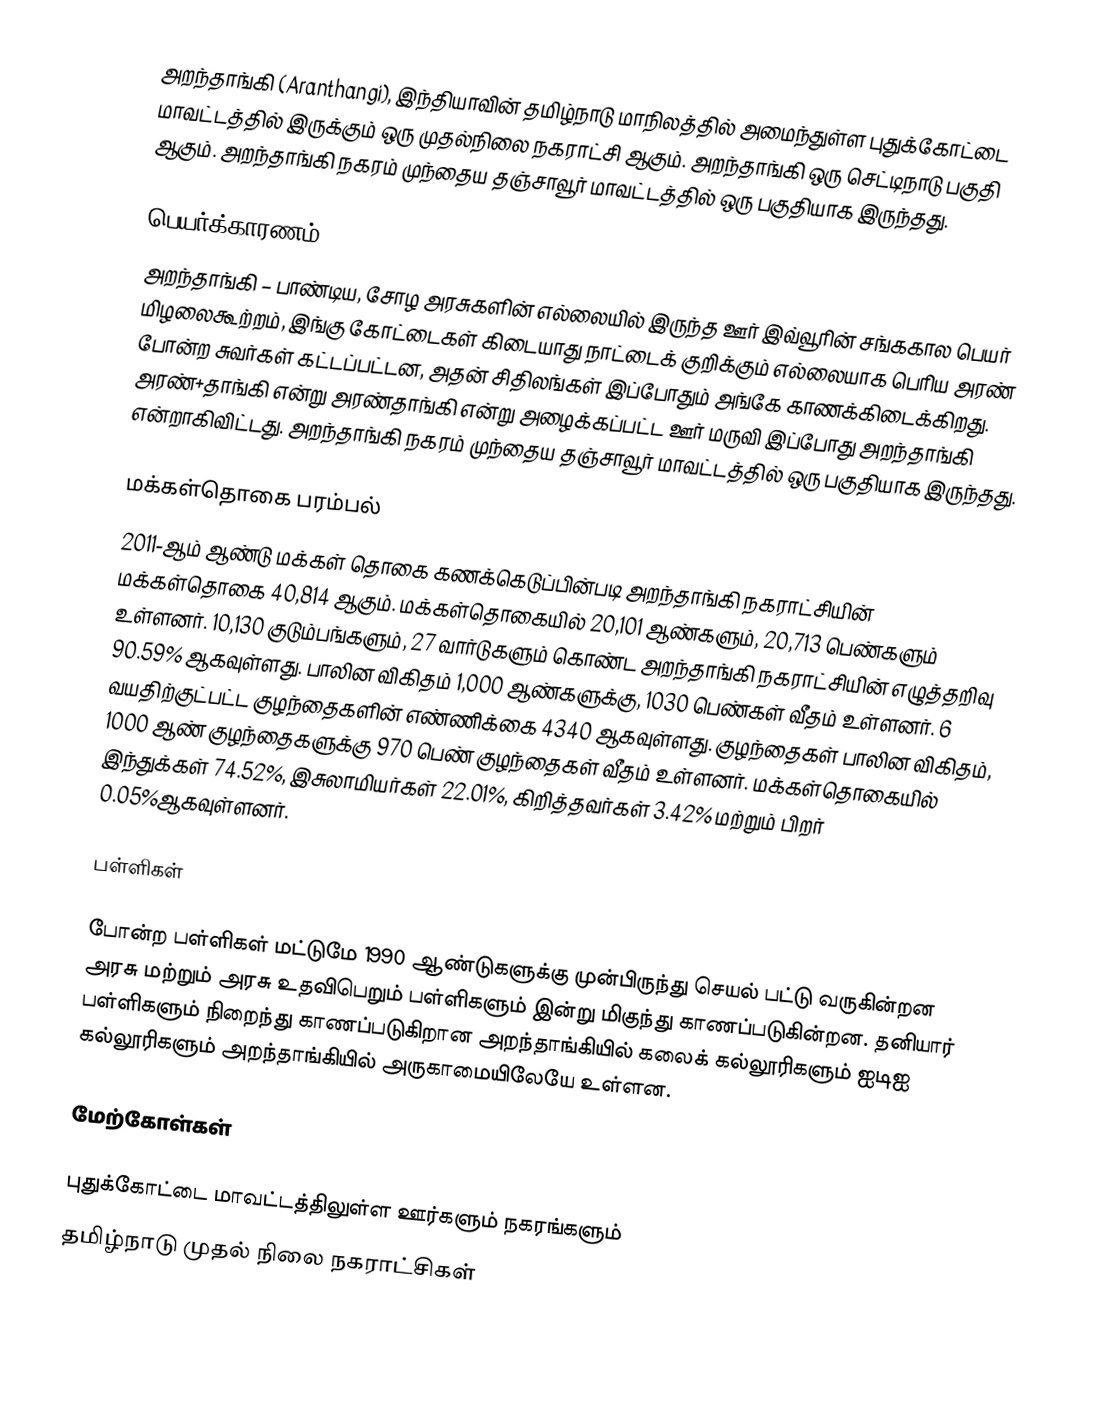
அறந்தாங்கி (Aranthangi), இந்தியாவின் தமிழ்நாடு மாநிலத்தில் அமைந்துள்ள புதுக்கோட்டை  மாவட்டத்தில் இருக்கும் ஒரு முதல்நிலை நகராட்சி ஆகும். அறந்தாங்கி ஒரு செட்டிநாடு பகுதி ஆகும். அறந்தாங்கி நகரம் முந்தைய தஞ்சாவூர் மாவட்டத்தில் ஒரு பகுதியாக இருந்தது.

பெயர்க்காரணம்
அறந்தாங்கி – பாண்டிய, சோழ அரசுகளின் எல்லையில் இருந்த ஊர் இவ்வூரின் சங்ககால பெயர் மிழலைகூற்றம், இங்கு கோட்டைகள் கிடையாது நாட்டைக் குறிக்கும் எல்லையாக பெரிய அரண் போன்ற சுவர்கள் கட்டப்பட்டன, அதன் சிதிலங்கள் இப்போதும் அங்கே காணக்கிடைக்கிறது. அரண்+தாங்கி என்று அரண்தாங்கி என்று அழைக்கப்பட்ட ஊர் மருவி இப்போது அறந்தாங்கி என்றாகிவிட்டது. அறந்தாங்கி நகரம் முந்தைய தஞ்சாவூர் மாவட்டத்தில் ஒரு பகுதியாக இருந்தது.

மக்கள்தொகை பரம்பல்
2011-ஆம் ஆண்டு மக்கள் தொகை கணக்கெடுப்பின்படி அறந்தாங்கி நகராட்சியின் மக்கள்தொகை  40,814  ஆகும்.  மக்கள்தொகையில்  20,101 ஆண்களும், 20,713 பெண்களும் உள்ளனர்.  10,130  குடும்பங்களும், 27 வார்டுகளும் கொண்ட அறந்தாங்கி நகராட்சியின் எழுத்தறிவு 90.59% ஆகவுள்ளது. பாலின விகிதம் 1,000 ஆண்களுக்கு,  1030 பெண்கள் வீதம் உள்ளனர். 6 வயதிற்குட்பட்ட குழந்தைகளின் எண்ணிக்கை 4340 ஆகவுள்ளது. குழந்தைகள் பாலின விகிதம், 1000 ஆண் குழந்தைகளுக்கு 970 பெண் குழந்தைகள் வீதம் உள்ளனர். மக்கள்தொகையில் இந்துக்கள் 74.52%, இசுலாமியர்கள் 22.01%, கிறித்தவர்கள் 3.42%   மற்றும் பிறர் 0.05%ஆகவுள்ளனர்.

பள்ளிகள்

போன்ற பள்ளிகள் மட்டுமே 1990 ஆண்டுகளுக்கு முன்பிருந்து செயல் பட்டு வருகின்றன  அரசு மற்றும் அரசு உதவிபெறும் பள்ளிகளும் இன்று மிகுந்து காணப்படுகின்றன. தனியார் பள்ளிகளும் நிறைந்து காணப்படுகிறான அறந்தாங்கியில் கலைக் கல்லூரிகளும் ஐடிஐ கல்லூரிகளும் அறந்தாங்கியில் அருகாமையிலேயே உள்ளன.

மேற்கோள்கள்

புதுக்கோட்டை மாவட்டத்திலுள்ள ஊர்களும் நகரங்களும்
தமிழ்நாடு முதல் நிலை நகராட்சிகள்